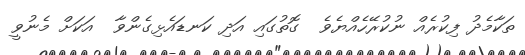
ތަކާމެދު ފިކުރެއް ނުކުރޭހެއްޔެވެ  ގޮތުގައި އަދި ކަނޑައެޅިގެންވާ  އަކަށް މެނުވީ